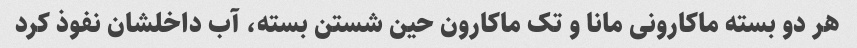
هر دو بسته ماکارونی مانا و تک ماکارون حین شستن بسته، آب داخلشان نفوذ کرد